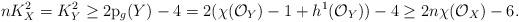
LaTeX: \begin{align*}nK_X^2=K_Y^2\geq 2\mathrm{p}_g(Y)-4=2(\chi(\mathcal{O}_Y)-1+h^1(\mathcal{O}_Y))-4\geq 2n\chi(\mathcal{O}_X)-6.\end{align*}